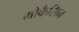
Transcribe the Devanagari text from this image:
मोकैसिन